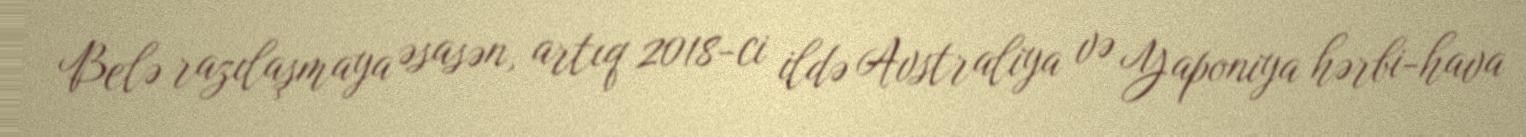
Belə razılaşmaya əsasən, artıq 2018-ci ildə Avstraliya və Yaponiya hərbi-hava